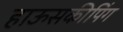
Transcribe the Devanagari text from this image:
हाऊसकीपिंग